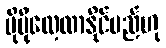
ပိုမိုလေ့လာနိုင်မည်ဟု